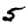
Digit: 5